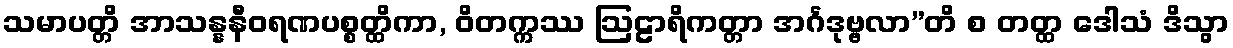
သမာပတ္တိ အာသန္နနီဝရဏပစ္စတ္ထိကာ, ဝိတက္ကဿ ဩဠာရိကတ္တာ အင်္ဂဒုဗ္ဗလာ”တိ စ တတ္ထ ဒေါသံ ဒိသွာ